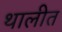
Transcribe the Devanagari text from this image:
थालीत